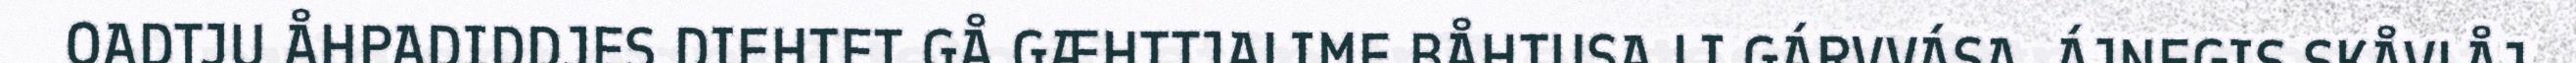
OADTJU ÅHPADIDDJES DIEHTET GÅ GÆHTTJALIME BÅHTUSA LI GÁRVVÁSA. ÁJNEGIS SKÅVLÅJ